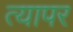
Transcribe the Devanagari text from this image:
त्यापर